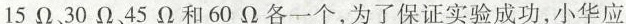
15Ω、30Ω、45Ω和60欧各一个，为了保证实验成功，小华应